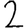
Digit: 2